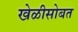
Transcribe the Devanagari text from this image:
खेळीसोबत